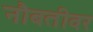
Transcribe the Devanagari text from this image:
नौबतीवर